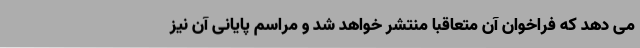
می دهد که فراخوان آن متعاقبا منتشر خواهد شد و مراسم پایانی آن نیز